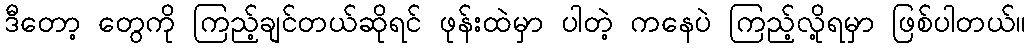
ဒီတော့ တွေကို ကြည့်ချင်တယ်ဆိုရင် ဖုန်းထဲမှာ ပါတဲ့ ကနေပဲ ကြည့်လို့ရမှာ ဖြစ်ပါတယ်။